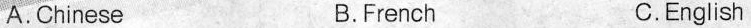
A. Chinese B.French C.English